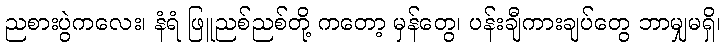
ညစားပွဲကလေး၊ နံရံ ဖြူညစ်ညစ်တို့ ကတော့ မှန်တွေ၊ ပန်းချီကားချပ်တွေ ဘာမျှမရှိ၊